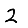
Digit: 2